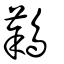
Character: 鷋